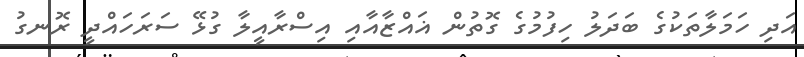
އަދި ހަމަލާތަކުގެ ބަދަލު ހިފުމުގެ ގޮތުން ޣައްޒާއާއި އިސްރާއީލާ ގުޅޭ ސަރަހައްދީ ރޮނގު